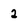
Character: 2